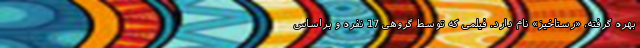
بهره گرفته، «رستاخیز» نام دارد. فیلمی که توسط گروهی 17 نفره و براساس